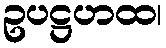
ဥပဋ္ဌဟထ၊